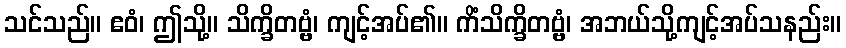
သင်သည်။ ဧဝံ၊ ဤသို့။ သိက္ခိတဗ္ဗံ၊ ကျင့်အပ်၏။ ကိံသိက္ခိတဗ္ဗံ၊ အဘယ်သို့ကျင့်အပ်သနည်း။